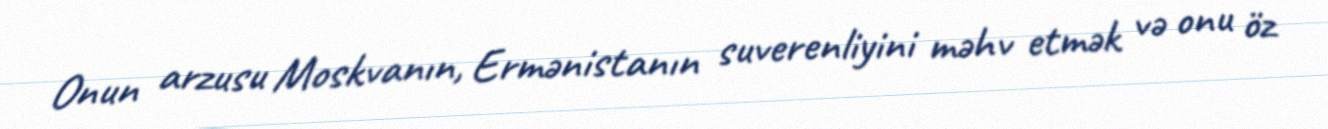
Onun arzusu Moskvanın, Ermənistanın suverenliyini məhv etmək və onu öz